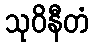
သုဝိနီတံ